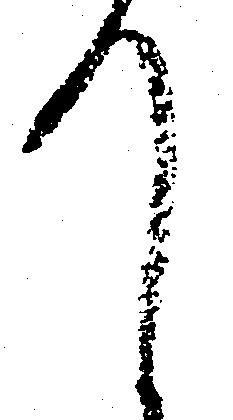
て